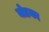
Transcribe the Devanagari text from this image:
बोडका